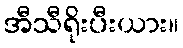
အီသီရိုးပီးယား။